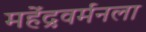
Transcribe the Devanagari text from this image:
महेंद्रवर्मनला